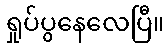
ရှုပ်ပွနေလေပြီ။